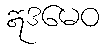
ဣဒမေဝ